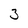
Character: 3